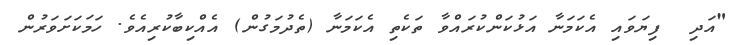
"އަދި  ފިޔަވައި އެކަމަނާ އަޅުކަންކުރައްވާ ތަކެތި އެކަމަނާ (ތެދުމަގުން) އެއްކިބާކުރިއެވެ. ހަމަކަށަވަރުން